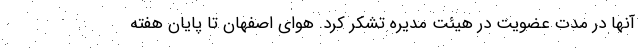
آنها در مدت عضویت در هیئت مدیره تشکر کرد. هوای اصفهان تا پایان هفته